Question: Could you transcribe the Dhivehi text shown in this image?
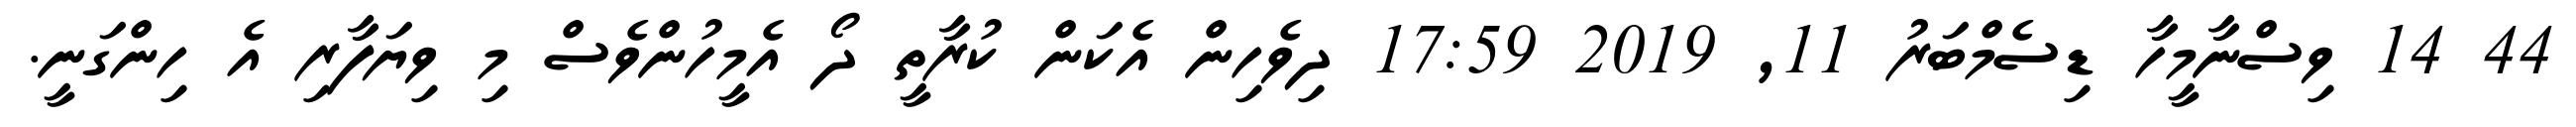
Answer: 44 14 ވިސްނާމީހާ ޑިސެމްބަރު 11, 2019 17:59 ދިވެހިން އެކަން ކުރާތީ ދޯ އެމީހުންވެސް މި ވިޔަފާރި އެ ހިންގަނީ.